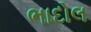
ભાદોલ